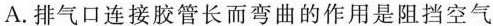
A.排气口连接胶管长而弯曲的作用是阻挡空气